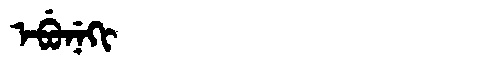
Manchu: ᡝᠪᡠᠨᡝᡴᡳ
Romanization: EBUNEKI